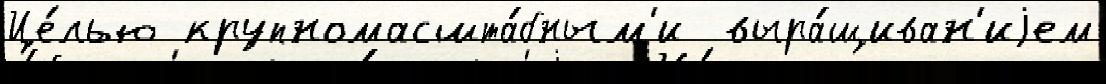
Це́лью крупномасшта́бным'и  выра́щиван'иjем